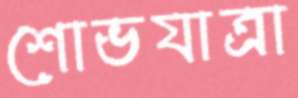
শোভযাত্রা